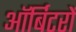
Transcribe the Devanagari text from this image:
ऑर्बिटरों